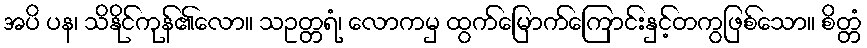
အပိ ပန၊ သိနိုင်ကုန်၏လော။ သဥတ္တရံ၊ လောကမှ ထွက်မြောက်ကြောင်းနှင့်တကွဖြစ်သော။ စိတ္တံ